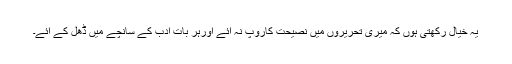
یہ خیال رکھتی ہوں کہ میری تحریروں میں نصیحت کاروپ نہ آئے اورہر بات ادب کے سانچے میں ڈھل کے آئے۔